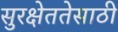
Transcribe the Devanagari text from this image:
सुरक्षेततेसाठी